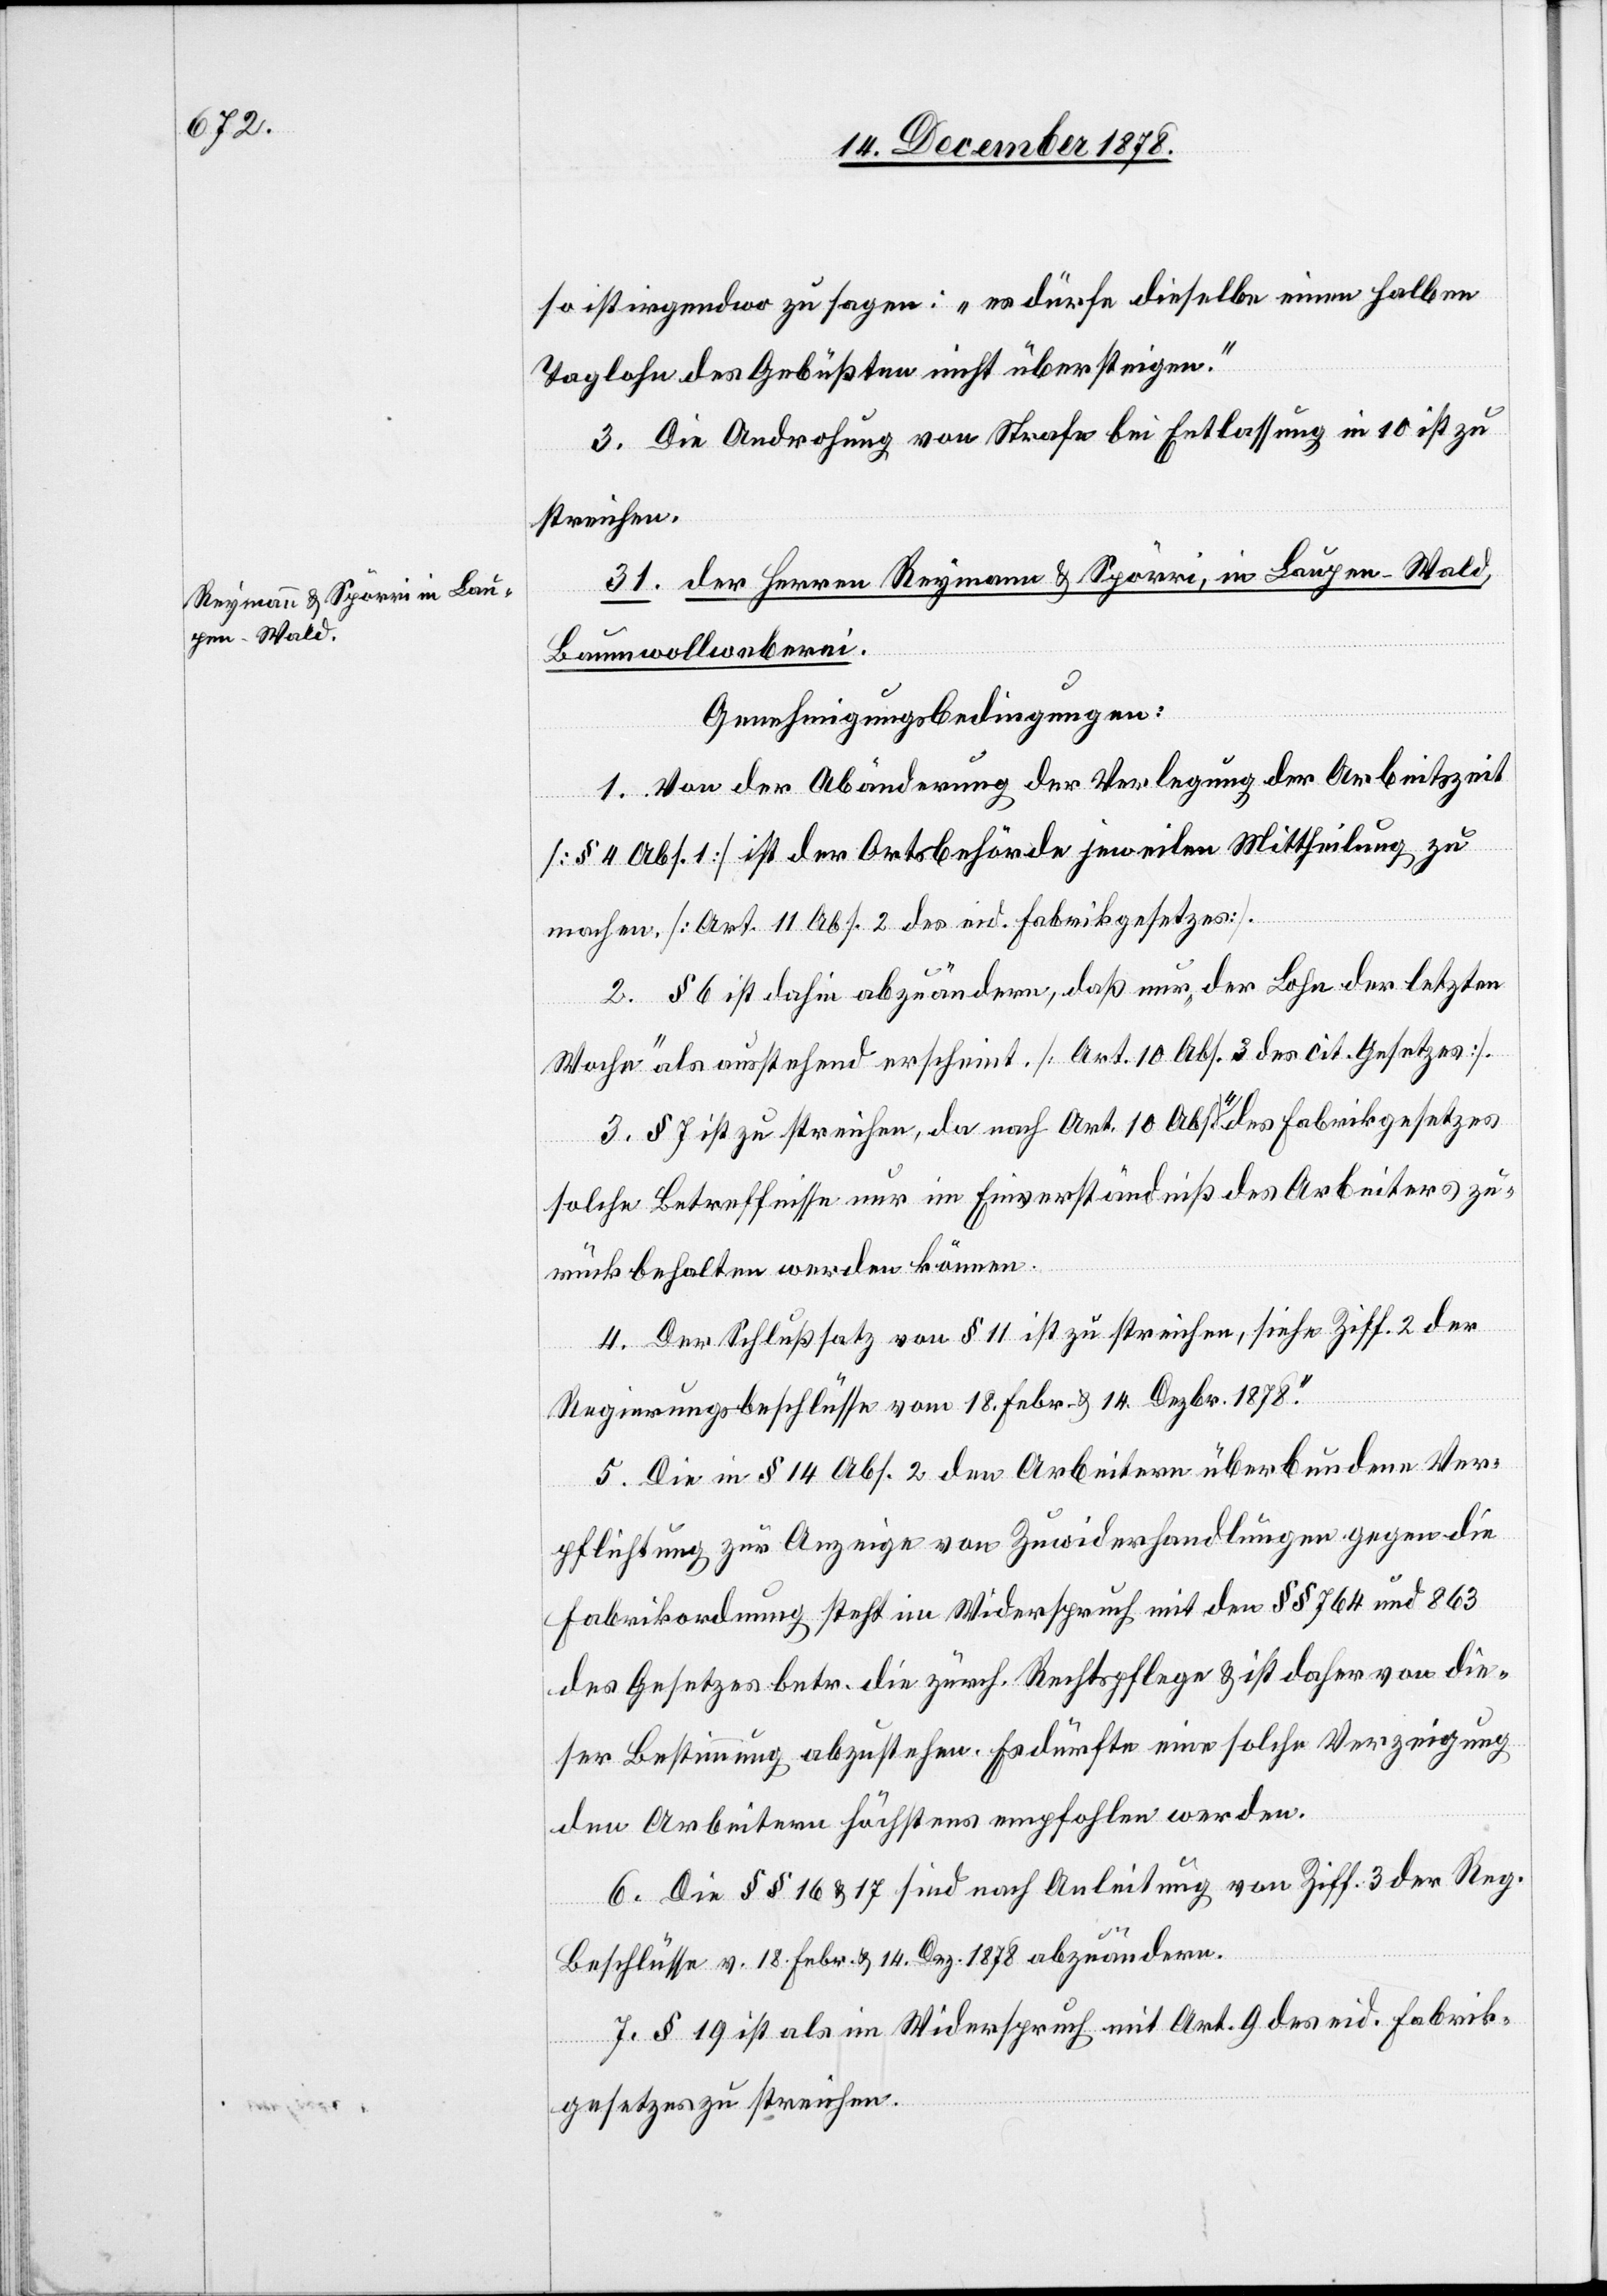
so ist irgendwo zu sagen: „es dürfe dieselbe einen halben
Taglohn des Gebüßten nicht übersteigen.“
3. Die Androhung von Strafe bei Entlassung in 10 ist zu
streichen.
31. der Herren Reymann & Spörri, in Bayern - Wald,
Baumwollweberei.
Genehmigungsbedingungen:
1. Von der Abänderung der Verlegung der Arbeitszeit
[§ 4 Abs. 1] ist der Ortsbehörde jeweilen Mittheilung zu
machen. [Art. 11 Abs. 2 des eid. Fabrikgesetzes].
2. § 6 ist dahin abzuändern, daß nur „der Lohn der letzten
Woche“ als ausstehend erscheint. [Art. 10 Abs. 3 des cit. Gesetzes].
3. § 7 ist zu streichen, da nach Art. 10 Abs. 4 des Fabrikgesetzes
solche Betreffnisse nur im Einverständniß des Arbeiters zu¬
rückbehalten werden können.
4. Der Schlußsatz von § 11 ist zu streichen, siehe Ziff. 2 der
Regierungsbeschlüsse vom 18. Febr. & 14. Dezbr. 1878.
5. Die in § 14 Abs. 2 den Arbeitern überbundene Ver¬
pflichtung zur Anzeige von Zuwiderhandlungen gegen die
Fabrikordnung steht im Widerspruch mit den §§ 764 und 863
des Gesetzes betr. die zürch. Rechtspflege & ist daher von die¬
ser Bestimmung abzustehen. Es dürfte eine solche Verzeigung
den Arbeitern höchst empfohlen werden.
6. Die §§ 16 & 17 sind nach Anleitung von Ziff. 3 der Reg.
Beschlüsse v. 18. Febr. & 14. Dez. 1878 abzuändern.
7. § 19 ist als im Widerspruch mit Art. 9 des eid. Fabrik¬
gesetzes zu streichen.